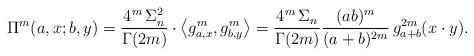
LaTeX: \begin{align*}\Pi^m(a,x;b,y)=\frac{4^m\,\Sigma_n^2}{\Gamma(2m)}\cdot\left<g_{a,x}^m,g_{b,y}^m\right>=\frac{4^m\,\Sigma_n}{\Gamma(2m)}\frac{(ab)^m}{(a+b)^{2m}}\,g_{a+b}^{2m}(x\cdot y).\end{align*}